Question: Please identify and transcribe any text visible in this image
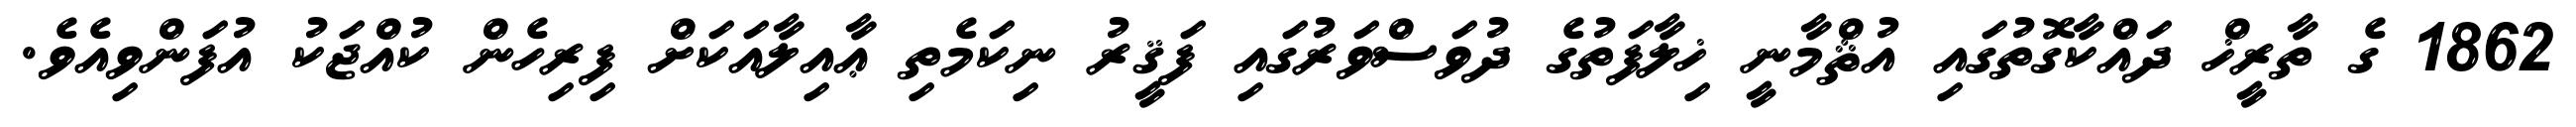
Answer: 1862 ގެ ތާރީޚް ދައްކާގޮތުގައި އުޘްމާނީ ޚިލާފަތުގެ ދުވަސްވަރުގައި ފަޤީރު ނިކަމެތި ޢާއިލާއަކަށް ފިރިހެން ކުއްޖަކު އުފަންވިއެވެ.